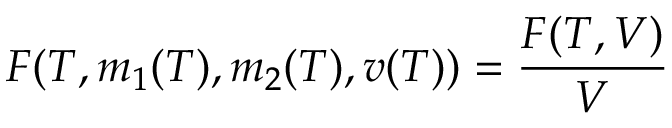
F ( T , m _ { 1 } ( T ) , m _ { 2 } ( T ) , v ( T ) ) = \frac { { \cal F } ( T , V ) } { V }